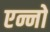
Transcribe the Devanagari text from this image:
एन्नो